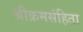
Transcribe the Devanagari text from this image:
श्रीक्रमसंहिता